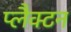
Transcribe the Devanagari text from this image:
प्लैक्टन